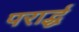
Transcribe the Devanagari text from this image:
परार्द्ध